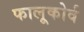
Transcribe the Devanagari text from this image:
फालूकोर्व